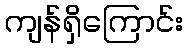
ကျန်ရှိကြောင်း